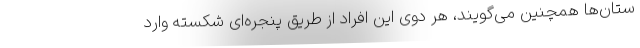
ستان‌ها همچنین می‌گویند، هر دوی این افراد از طریق پنجره‌ای شکسته وارد